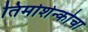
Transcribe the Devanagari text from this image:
तिमोशेन्कोचा